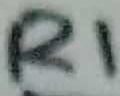
Text: R1